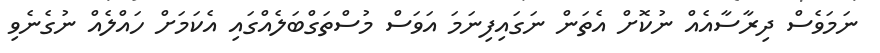
ނަމަވެސް ދިރާސާއެއް ނުކޮށް އެތަން ނަގައިފިނަމަ އަވަސް މުސްތަގްބަލެއްގައި އެކަމަށް ހައްލެއް ނުގެނެވި